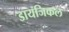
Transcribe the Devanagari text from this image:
डायजिकल